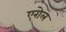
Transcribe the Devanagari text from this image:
एरोल